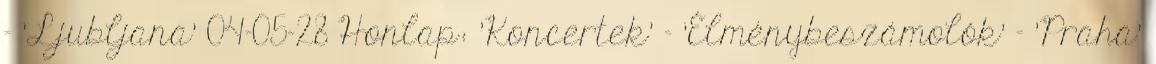
- 'Ljubljana' 04-05-28 Honlap: 'Koncertek' - 'Élménybeszámolók' - 'Praha'